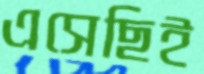
এসেছিই